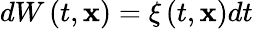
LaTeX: dW\left(t,\mathbf{x}\right)=\xi\left(t,\mathbf{x}\right)dt